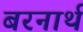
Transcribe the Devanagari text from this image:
बरनार्थ